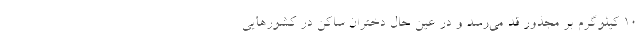
۱۰ کیلوگرم بر مجذور قد می‌رسد و در عین حال دختران ساکن در کشور‌هایی